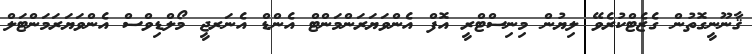
ޤާނޫނީގޮތުން ގެޒެޓްކުރެވޭ ލިޔުން މިނިސްޓްރީ އޮފް އެންވަޔަރަންމަންޓް އެންޑް އެނަރޖީ މޯލްޑިވްސް އެންވަޔަރަމަންޓަލް